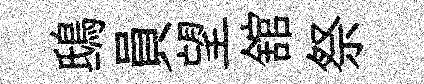
鴟員望舘祭